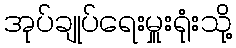
အုပ်ချုပ်ရေးမှူးရုံးသို့